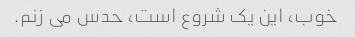
خوب، این یک شروع است، حدس می زنم.